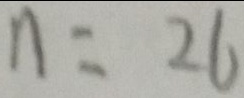
n = 2 6